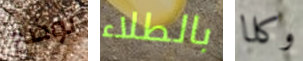
توضح بالطلاء وكلا